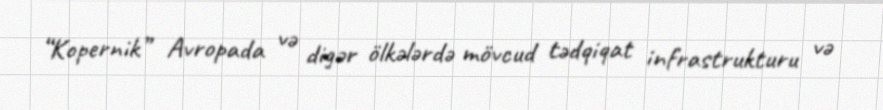
“Kopernik” Avropada və digər ölkələrdə mövcud tədqiqat infrastrukturu və